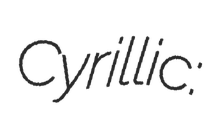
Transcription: Cyrillic: Ђурађ Ђурашевић